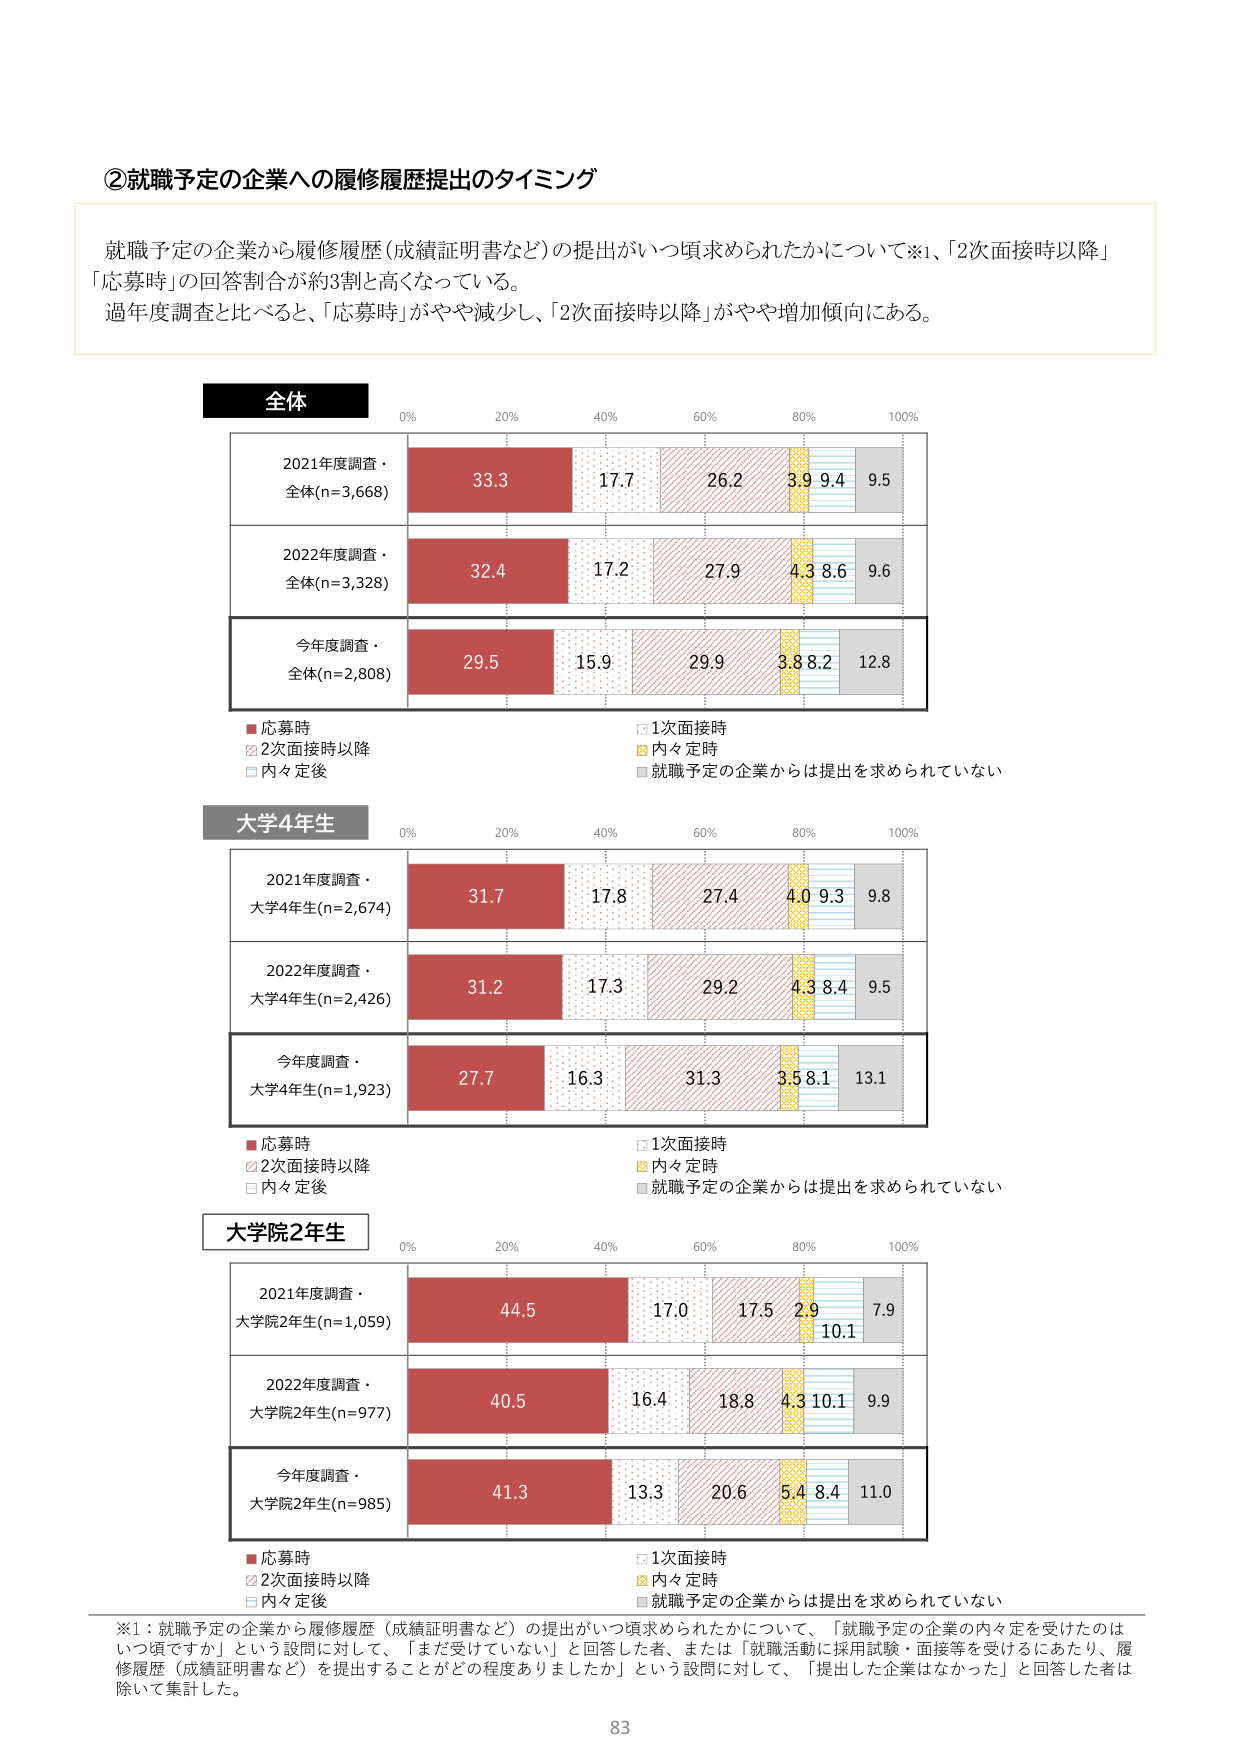
②就職予定の企業への履修履歴提出のタイミング

就職予定の企業から履修履歴（成績証明書など）の提出がいつ頃求められたかについて※1、「2次面接時以降」「応募時」の回答割合が約3割と高くなっている。
過年度調査と比べると、「応募時」がやや減少し、「2次面接時以降」がやや増加傾向にある。

全体
0% 20% 40% 60% 80% 100%
2021年度調査・全体(n=3,668) 33.3 17.7 26.2 3.9 9.4 9.5
2022年度調査・全体(n=3,328) 32.4 17.2 27.9 4.3 8.6 9.6
今年度調査・全体(n=2,808) 29.5 15.9 29.9 3.8 8.2 12.8

■応募時 □1次面接時
☑2次面接時以降 ☒内々定時
□内々定後 ■就職予定の企業からは提出を求められていない

大学4年生
0% 20% 40% 60% 80% 100%
2021年度調査・大学4年生(n=2,674) 31.7 17.8 27.4 4.0 9.3 9.8
2022年度調査・大学4年生(n=2,426) 31.2 17.3 29.2 4.3 8.4 9.5
今年度調査・大学4年生(n=1,923) 27.7 16.3 31.3 3.5 8.1 13.1

■応募時 □1次面接時
☑2次面接時以降 ☒内々定時
□内々定後 ■就職予定の企業からは提出を求められていない

大学院2年生
0% 20% 40% 60% 80% 100%
2021年度調査・大学院2年生(n=1,059) 44.5 17.0 17.5 2.9 10.1 7.9
2022年度調査・大学院2年生(n=977) 40.5 16.4 18.8 4.3 10.1 9.9
今年度調査・大学院2年生(n=985) 41.3 13.3 20.6 5.4 8.4 11.0

■応募時 □1次面接時
☑2次面接時以降 ☒内々定時
□内々定後 ■就職予定の企業からは提出を求められていない

※1：就職予定の企業から履修履歴（成績証明書など）の提出がいつ頃求められたかについて、「就職予定の企業の内々定を受けたのはいつ頃ですか」という設問に対して、「まだ受けていない」と回答した者、または「就職活動に採用試験・面接等を受けるにあたり、履修履歴（成績証明書など）を提出することがどの程度ありましたか」という設問に対して、「提出した企業はなかった」と回答した者は除いて集計した。

83